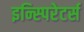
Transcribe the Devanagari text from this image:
इन्स्पिरेटर्स